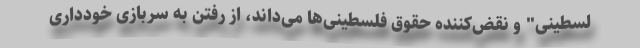
لسطینی" و نقض‌کننده حقوق فلسطینی‌ها می‌داند، از رفتن به سربازی خودداری